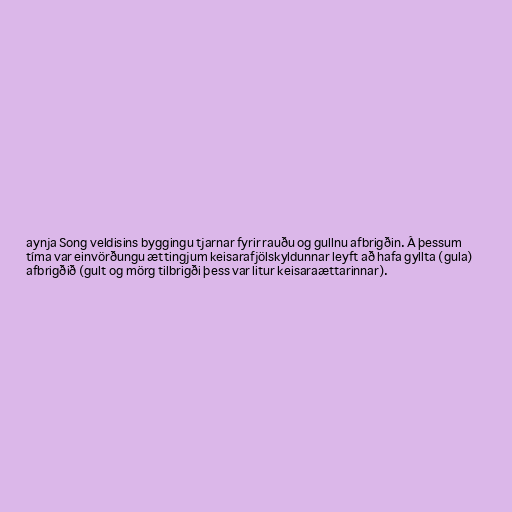
aynja Song veldisins byggingu tjarnar fyrir rauðu og gullnu afbrigðin. Á þessum
tíma var einvörðungu ættingjum keisarafjölskyldunnar leyft að hafa gyllta (gula)
afbrigðið (gult og mörg tilbrigði þess var litur keisaraættarinnar).